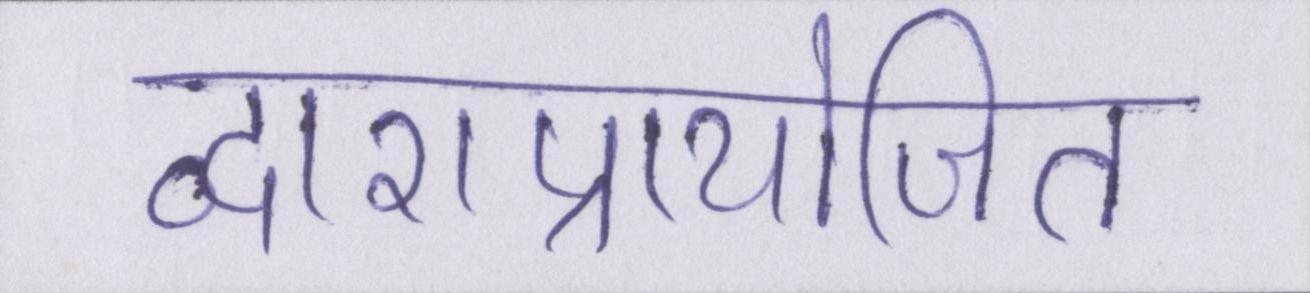
द्वाराप्रायोजित